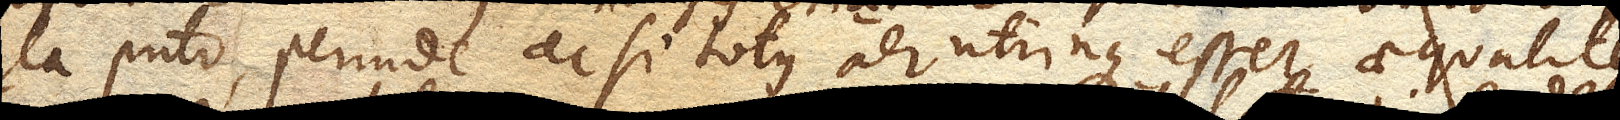
ita puto, perinde ac si totus aer utrinque esset aequaliter